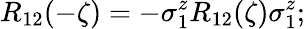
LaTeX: R_{12}(-\zeta)=-\sigma_{1}^{z}R_{12}(\zeta)\sigma_{1}^{z};